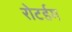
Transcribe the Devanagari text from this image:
रोटर्डम